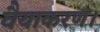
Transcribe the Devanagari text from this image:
वैयाकरण।